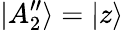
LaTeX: |A_{2}^{\prime\prime}\rangle=|z\rangle